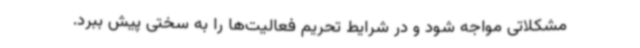
مشکلاتی مواجه شود و در شرایط تحریم فعالیت‌ها را به سختی پیش ببرد.